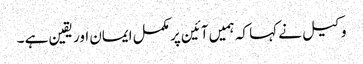
وکیل نے کہا کہ ہمیں آئین پر مکمل ایمان اور یقین ہے ۔